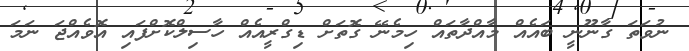
ނުވަތަ ގާނޫނީ ބައެއް މާއްދާތައް ހިމެނޭ ގޮތަށް ޑިގްރީއެއް ހާސިލްކޮށްފައި އޮވެއްޖަ ނަމަ